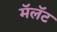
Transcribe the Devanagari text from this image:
मॅलॅट